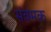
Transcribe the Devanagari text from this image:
संवमक